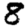
Digit: 8